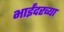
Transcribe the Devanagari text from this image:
भाईंदरच्या